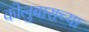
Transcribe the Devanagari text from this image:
कोलुबाराच्या